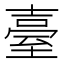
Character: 臺